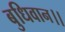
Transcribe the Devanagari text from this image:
बुधिवान।।